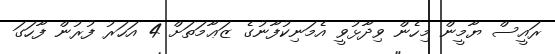
ރައީސް ޔާމީން މިހެން ވިދާޅުވީ އެމަނިކުފާނުގެ ޒަޢާމަތަށް 4 އަހަރު ފުރުން ފާހަގަ